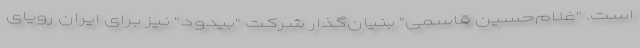
است. "غلام‌حسین قاسمی" بنیان‌گذار شرکت "بیدود" نیز برای ایران رویای